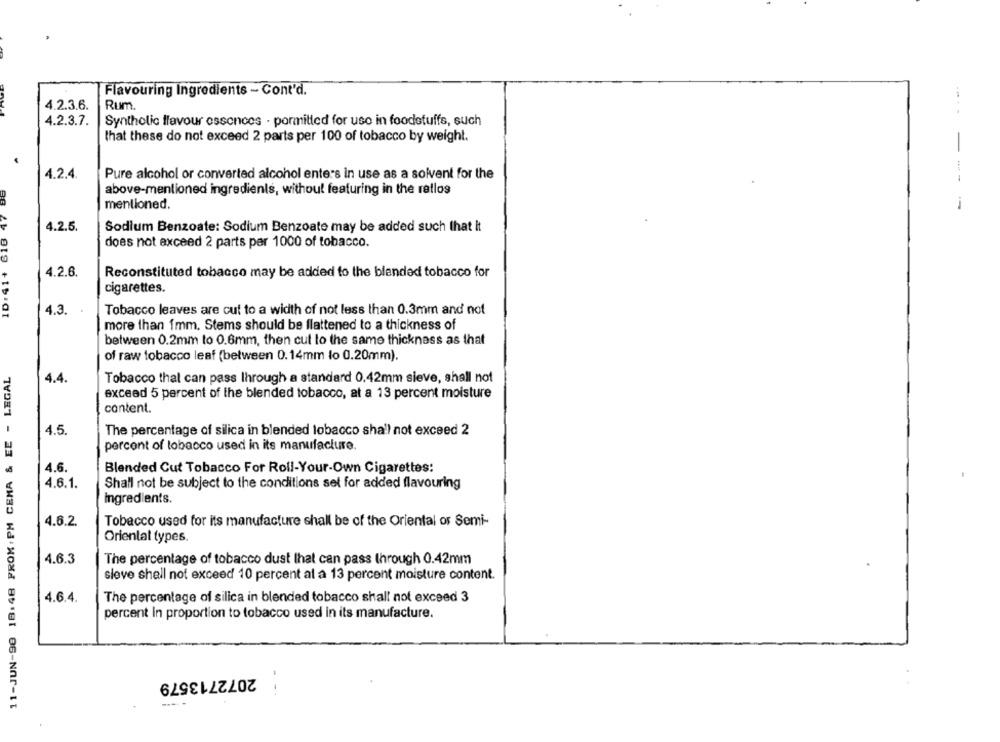
Flavouring Ingredients - Cont'd.
4.2.3.6.
Rum.
4.2.3.7.
Synthetic flavour essences . pormitted for use in foodstuffs, such
that these do not exceed 2 parts per 100 of tobacco by weight.
-
4.2.4.
Pure alcohol or converted alcohol enters in use as a solvent for the
---
610 47 88
above-mentioned ingredients, without featuring in the ratlos
mentioned.
i
4.2.5.
Sodium Benzoate: Sodium Benzoate may be added such that it
does not exceed 2 parts per 1000 of tobacco.
ID: 41+
4.2.6.
Reconstituted tobacco may be added to the blended tobacco for
cigarettes.
4.3.
Tobacco leaves are cut to a width of not less than 0.3mm and not
more than 1mm. Stems should be flattened to a thickness of
between 0.2mm to 0.6mm, then cut to the same thickness as that
of raw tobacco leaf (between 0.14mm ło 0.20mm).
11-JUN-98 18:48 FROM . PM CEMA & EE - LEGAL
Tobacco thal can pass Ihrough a standard 0.42mm sieve, shall not
4.4
exceed 5 percent of the blended tobacco, at a 13 percent moisture
content.
4.5.
The percentage of silica in blended tobacco shall not exceed 2
percent of tobacco used in its manufacture.
4.6.
Blended Cut Tobacco For Roll-Your-Own Cigarettes:
4.6.1.
Shall not be subject to the conditions set for added flavouring
ingredients.
4.6.2.
Tobacco used for its manufacture shall be of the Oriental or Semi-
Oriental types
4.6.3
The percentage of tobacco dust that can pass through 0.42mm
sieve shall not exceed 10 percent at a 13 percent moisture content.
4.6.4.
The percentage of silica in blended tobacco shall not exceed 3
percent in proportion to tobacco used in its manufacture.
2072713579
--